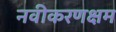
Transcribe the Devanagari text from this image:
नवीकरणक्षम